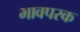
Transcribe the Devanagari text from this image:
भावपरक